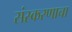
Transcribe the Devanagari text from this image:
संस्करणाचा